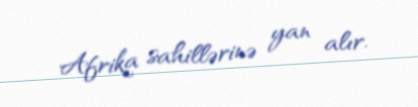
Afrika sahillərinə yan alır.